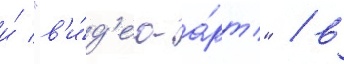
и́ "в'и́д'ео-а́рт" / в